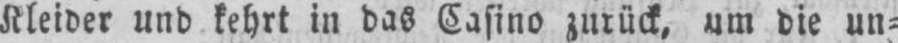
Kleider und kehrt in das Casino zurück, um die un⸗